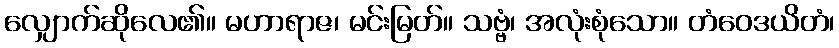
လျှောက်ဆိုလေ၏။ မဟာရာဇ၊ မင်းမြတ်။ သဗ္ဗံ၊ အလုံးစုံသော။ တံဝေဒယိတံ၊